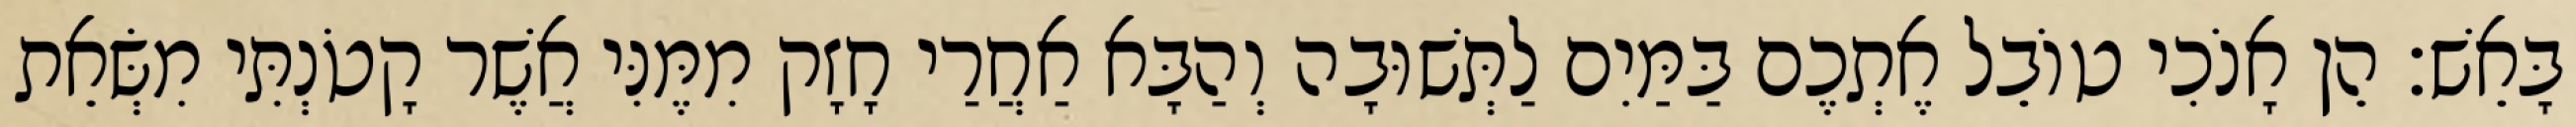
בָּאֵשׁ׃ הֵן אָנֹכִי טוֹבֵל אֶתְכֶם בַּמַּיִם לַתְּשׁוּבָה וְהַבָּא אַחֲרַי חָזָק מִמֶּנִּי אֲשֶׁר קָטֹנְתִּי מִשְּׂאֵת